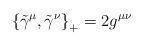
LaTeX: \begin{align*}\left\{ {\tilde \gamma }^\mu ,\tilde \gamma ^\nu \right\}_{+}=2g^{\mu \nu }\end{align*}